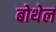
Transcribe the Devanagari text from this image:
बोथेल